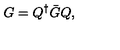
G = Q ^ { \dagger } { \bar { G } } Q ,